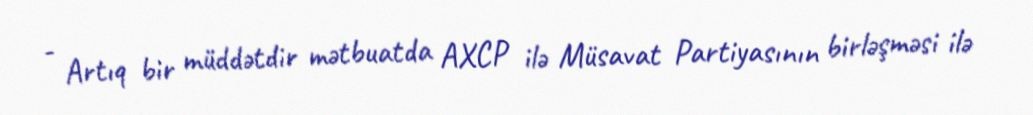
- Artıq bir müddətdir mətbuatda AXCP ilə Müsavat Partiyasının birləşməsi ilə